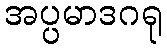
အပ္ပမာဒဂရု